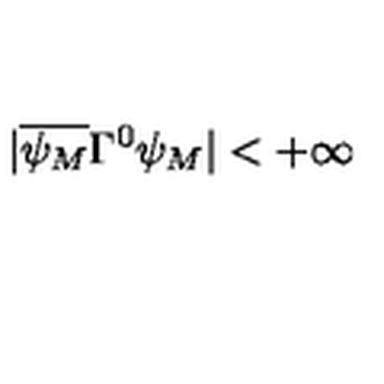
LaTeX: | \overline { { \psi _ { M } } } \Gamma ^ { 0 } \psi _ { M } | < + \infty